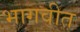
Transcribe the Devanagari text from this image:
भागवीत